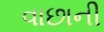
વાછાની